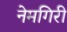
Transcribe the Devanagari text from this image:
नेमगिरी